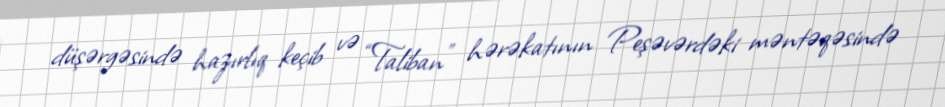
düşərgəsində hazırlıq keçib və “Taliban” hərəkatının Peşəvərdəki məntəqəsində